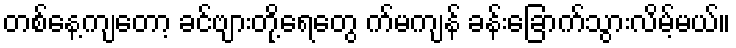
တစ်နေ့ကျတော့ ခင်ဗျားတို့ရေတွေ က်မကျန် ခန်းခြောက်သွားလိမ့်မယ်။